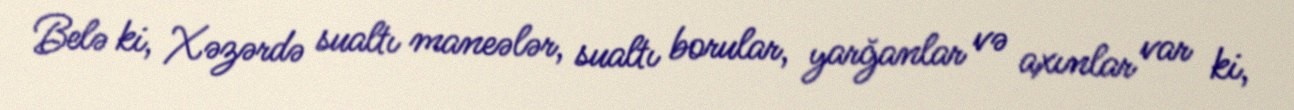
Belə ki, Xəzərdə sualtı maneələr, sualtı borular, yarğanlar və axınlar var ki,